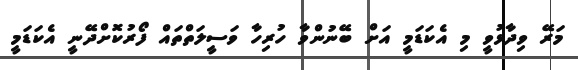
މަރޭ ވިދާޅުވީ މި އެކަޑަމީ އަށް ބޭނުންވާ ހުރިހާ ވަސީލަތްތައް ފޯރުކޮށްދޭނީ އެކަޑަމީ